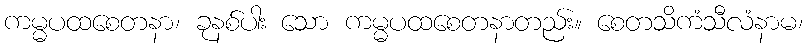
ကမ္မပထစေတနာ၊ ခုနစ်ပါး သော ကမ္မပထစေတနာတည်း။ စေတသိကံသီလံနာမ၊